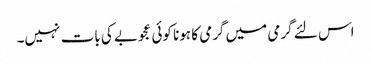
اس لئے گرمی میں گرمی کا ہونا کوئی عجوبے کی بات نہیں۔